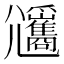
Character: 𡰡